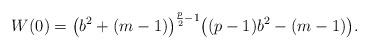
LaTeX: \begin{align*}W(0)=\big(b^2+(m-1)\big)^{\frac{p}{2}-1}\big((p-1) b^2-(m-1)\big).\end{align*}